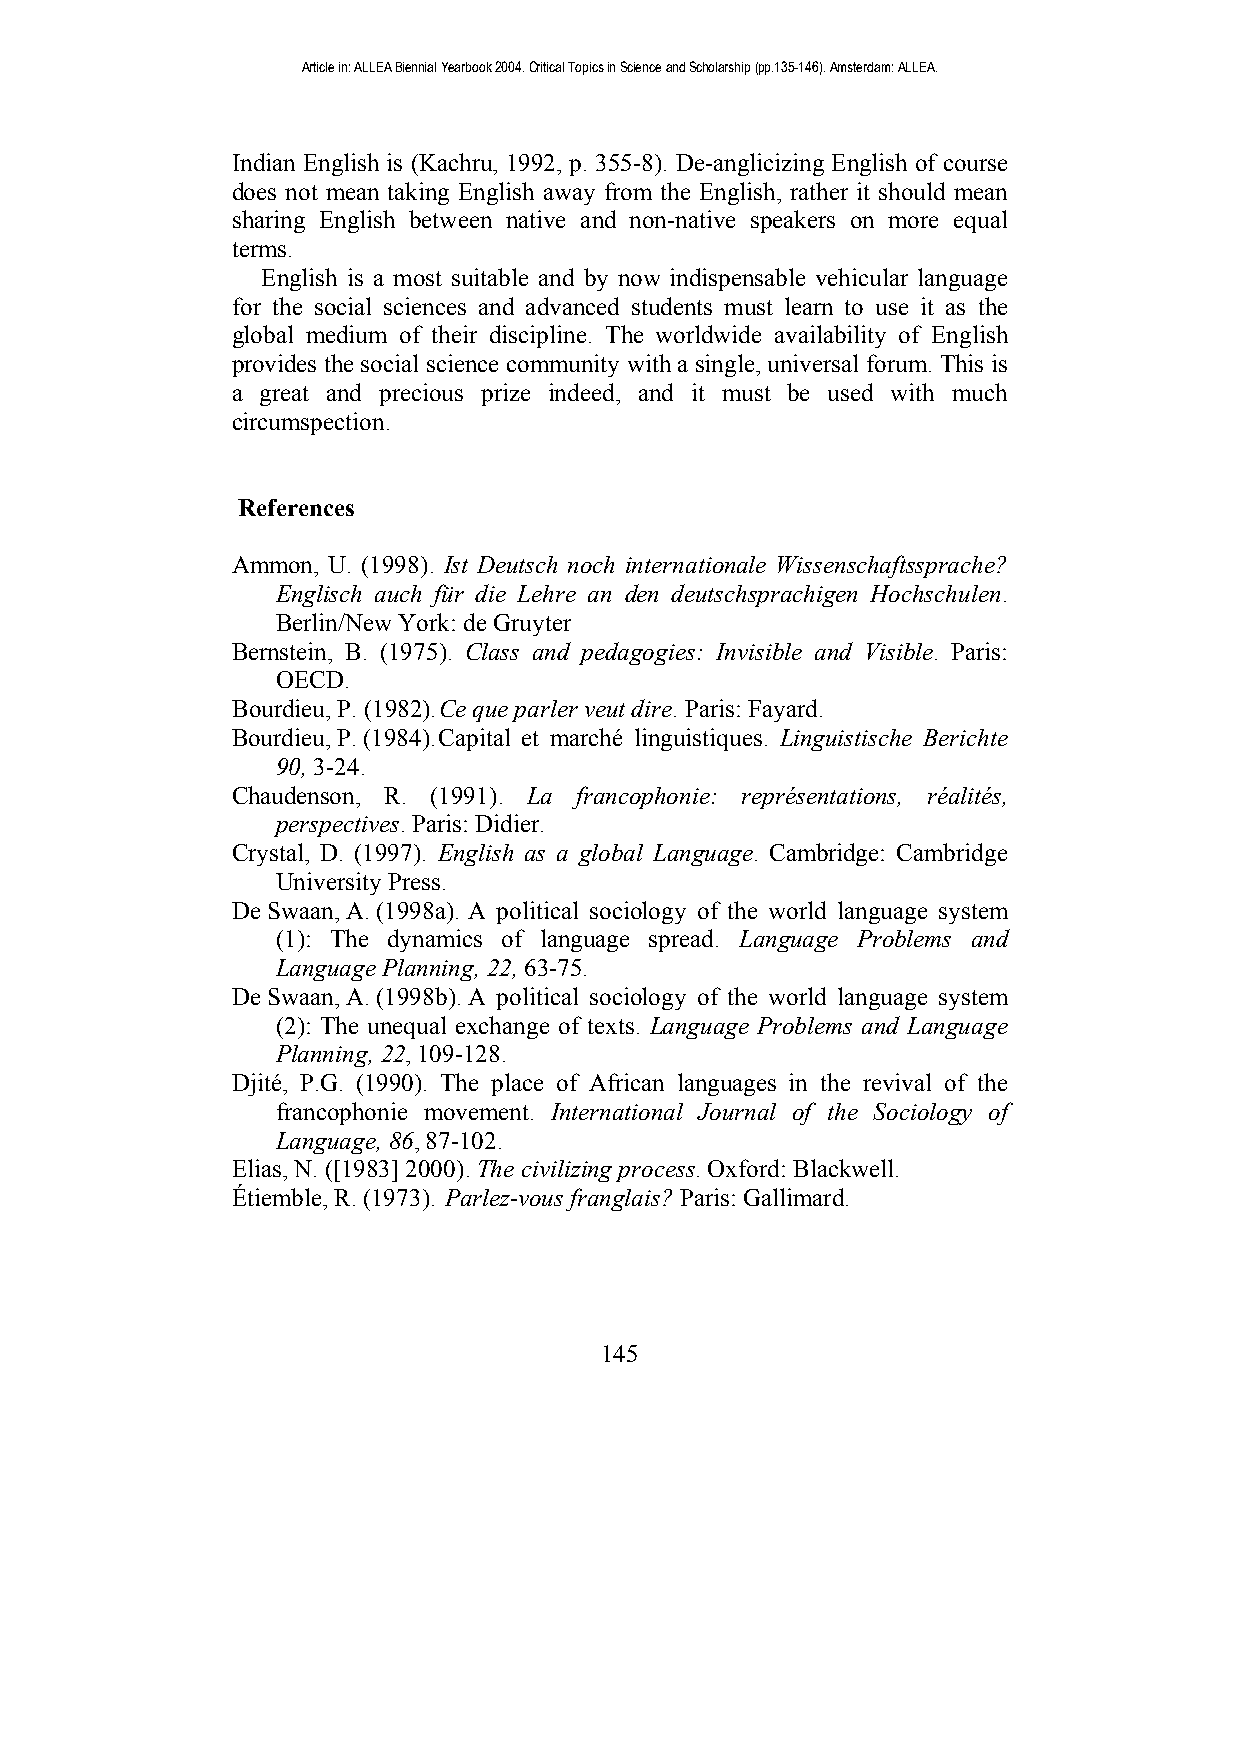
Article in: ALLEA Biennial Yearbook 2004. Critical Topics in Science and Scholarship (pp.135-146). Amsterdam: ALLEA.
 Indian English is (Kachru, 1992, p. 355-8). De-anglicizing English of course
 does not mean taking English away from the English, rather it should mean
 sharing English between native and non-native speakers on more equal
 terms.
 English is a most suitable and by now indispensable vehicular language
 for the social sciences and advanced students must learn to use it as the
 global medium of their discipline. The worldwide availability of English
 provides the social science community with a single, universal forum. This is
 a great and precious prize indeed, and it must be used with much
 circumspection.
 References
 Ammon, U. (1998). Ist Deutsch noch internationale Wissenschaftssprache?
 Englisch auch für die Lehre an den deutschsprachigen Hochschulen.
 Berlin/New York: de Gruyter
 Bernstein, B. (1975). Class and pedagogies: Invisible and Visible. Paris:
 OECD.
 Bourdieu, P. (1982). Ce que parler veut dire. Paris: Fayard.
 Bourdieu, P. (1984). Capital et marché linguistiques. Linguistische Berichte
 90, 3-24.
 Chaudenson, R. (1991). La francophonie: représentations, réalités,
 perspectives. Paris: Didier.
 Crystal, D. (1997). English as a global Language. Cambridge: Cambridge
 University Press.
 De Swaan, A. (1998a). A political sociology of the world language system
 (1): The dynamics of language spread. Language Problems and
 Language Planning, 22, 63-75.
 De Swaan, A. (1998b). A political sociology of the world language system
 (2): The unequal exchange of texts. Language Problems and Language
 Planning, 22, 109-128.
 Djité, P.G. (1990). The place of African languages in the revival of the
 francophonie movement. International Journal of the Sociology of
 Language, 86, 87-102.
 Elias, N. ([1983] 2000). The civilizing process. Oxford: Blackwell.
 Étiemble, R. (1973). Parlez-vous franglais? Paris: Gallimard.
 145